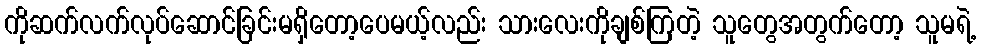
ကိုဆက်လက်လုပ်ဆောင်ခြင်းမရှိတော့ပေမယ့်လည်း သားလေးကိုချစ်ကြတဲ့ သူတွေအတွက်တော့ သူမရဲ့